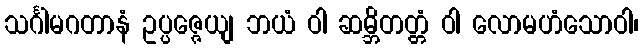
သင်္ဂါမဂတာနံ ဥပ္ပဇ္ဇေယျ ဘယံ ဝါ ဆမ္ဘိတတ္တံ ဝါ လောမဟံသောဝါ၊